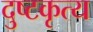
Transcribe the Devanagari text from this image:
दुष्टकृत्य